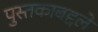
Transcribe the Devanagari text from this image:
पुस्तकाबद्दले